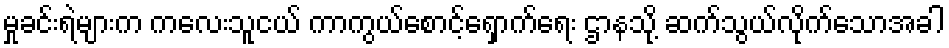
မှုခင်းရဲများက ကလေးသူငယ် ကာကွယ်စောင့်ရှောက်ရေး ဌာနသို့ ဆက်သွယ်လိုက်သောအခါ